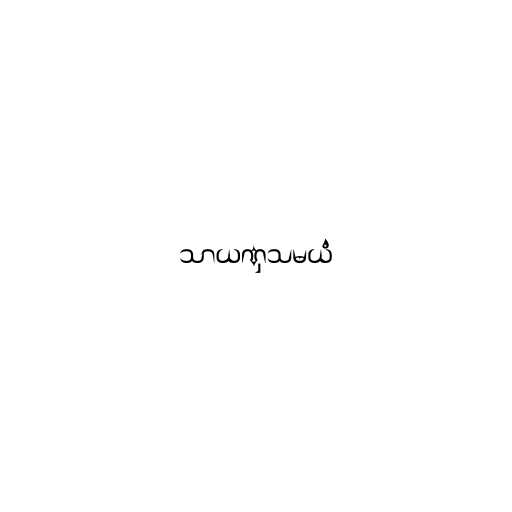
သာယဏှသမယံ